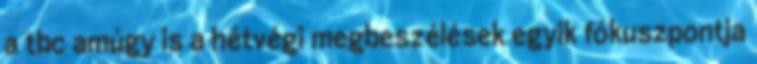
a tbc amúgy is a hétvégi megbeszélések egyik fókuszpontja